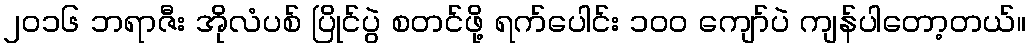
၂၀၁၆ ဘရာဇီး အိုလံပစ် ပြိုင်ပွဲ စတင်ဖို့ ရက်ပေါင်း ၁၀၀ ကျော်ပဲ ကျန်ပါတော့တယ်။